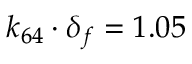
k _ { 6 4 } \cdot \delta _ { f } = 1 . 0 5